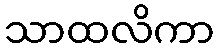
သာထလိကာ